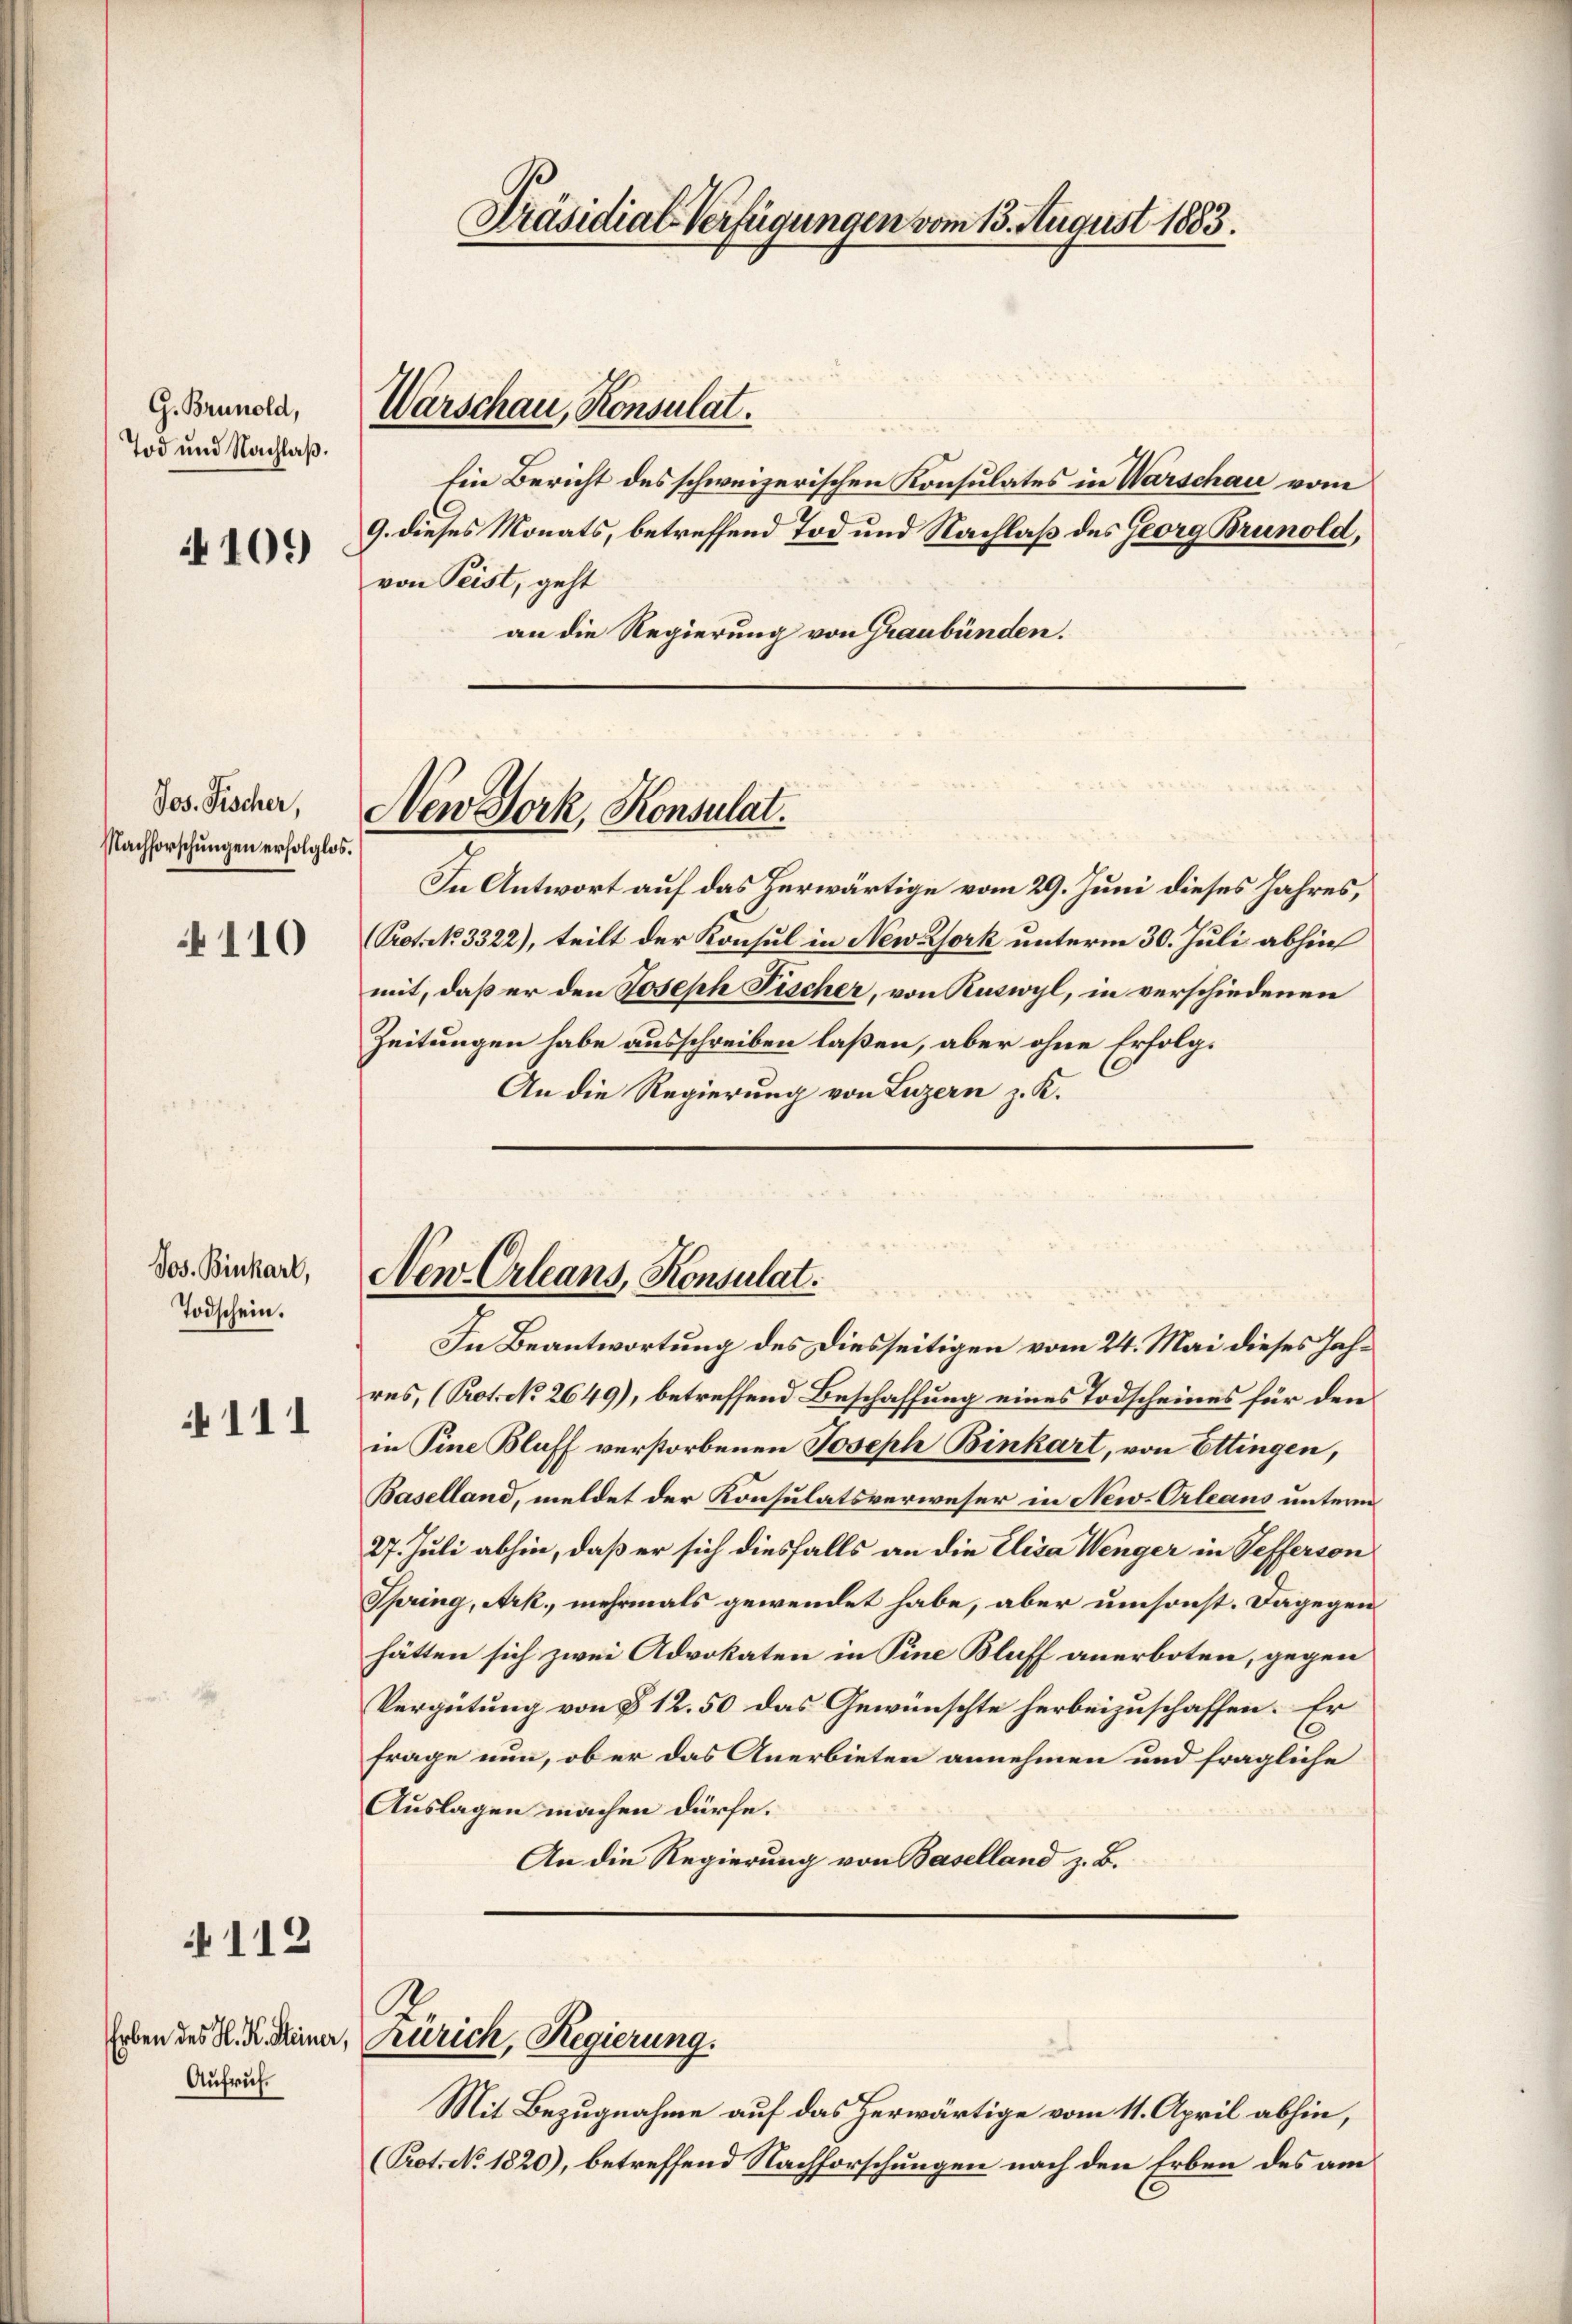
G. Brunold,
Tod und Nachlaß.
109

Jos. Fischer,
Nachforschungen erfolglos.

110

Jos. Binkarl,
Todschein.

111

112

Aufruf.

Präsidial-Verfügungen vom 13. August 1883.

Ein Bericht des schweizerischen Konsulates in Warschau vom
9. dieses Monats, betreffend Tod und Nachlaß des Georg Brunold,
von Peist, geht
an die Regierung von Graubünden.

Warschau, Konsulat.

New York, Konsulat.

In Antwort auf das herwärtige vom 29. Juni dieses Jahres,
Prot. No. 3322), teilt der Konsul in New York unterm 30. Juli abhin
mit, daß er den Joseph Fischer, von Ruswyl, in verschiedenen
Zeitungen habe ausschreiben laßen, aber ohne Erfolg¬
An die Regierung von Luzern z. K.

New-Orleans, Konsulat.

R.
Erben des K. K. Meiner, Zürich, Regierung.

In Beantwortung des Diesseitigen vom 24. Mai dieses Jahres, (Prot. No 2649), betreffend Beschaffung eines Todscheines für den
in Sine Blaff verstorbenen Joseph Binkart, von Ettingen,
Baselland, meldet der Konsulatsverweser in New-Orleans untern
27. Juli abhin, daß er sich diesfalls an die Elisa Wenger in Sefferson
Spring, Ark., mehrmals gewendet habe, aber umsonst. Dagegen
hätten sich zwei Advokaten in Sine Blaff anerboten, gegen
Vergütung von § 12. 50 das Gewünschte herbeizuschaffen. Er
frage nun, ob er das Anerbieten annehmen und fragliche
Auslagen machen dürfe.
An die Regierung von Baselland z. B.

Mit Bezugnahme auf das Herwärtige vom 11. April abhin,
(Prot. No. 1820), betreffend Nachforschungen nach den Erben des am